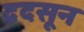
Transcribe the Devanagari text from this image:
द्रदसून